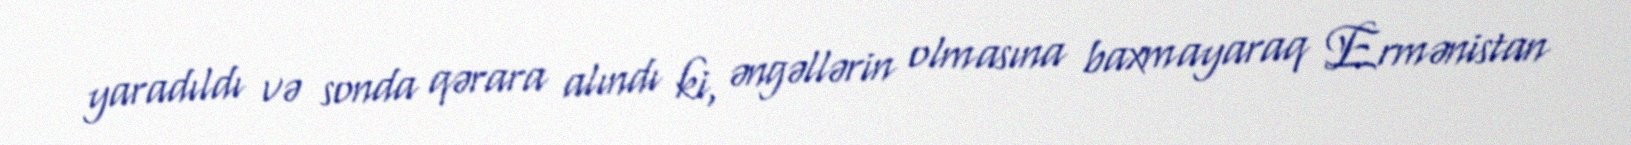
yaradıldı və sonda qərara alındı ki, əngəllərin olmasına baxmayaraq Ermənistan